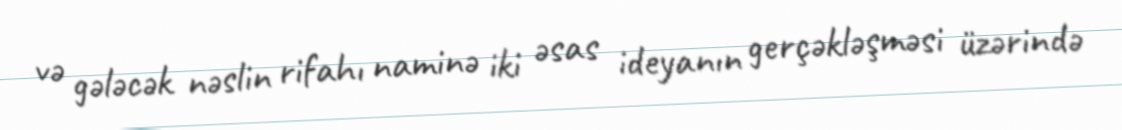
və gələcək nəslin rifahı naminə iki əsas ideyanın gerçəkləşməsi üzərində